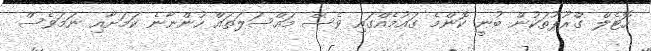
ހޮޓެލް ގްރޫޕުތަކުން ބުނީ ކޮންމެ ގައުމެއްގައި ވެސް މައްސަލަތައް ހުންނާނެ ކަމަށާއި ނަމަވެސް